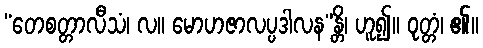
“တေစတ္တာလီသံ၊ လ။ မောဟဇာလပ္ပဒါလန”န္တိ၊ ဟူ၍။ ဝုတ္တံ၊ ၏။